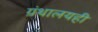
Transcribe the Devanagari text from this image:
ग्रंथालयही